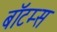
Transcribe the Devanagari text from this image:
बॉटम्स